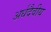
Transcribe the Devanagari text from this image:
अर्धदैवीय